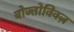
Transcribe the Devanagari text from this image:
वोज्तोविक्ज़